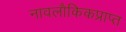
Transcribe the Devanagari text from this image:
नावलौकिकप्राप्त